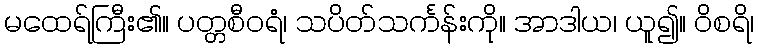
မထေရ်ကြီး၏။ ပတ္တစီဝရံ၊ သပိတ်သင်္ကန်းကို။ အာဒါယ၊ ယူ၍။ ဝိစရိ၊